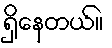
ရှိနေတယ်။